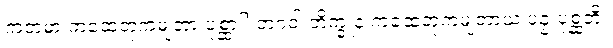
ကတမာ ကထေတုကမျတာ ပုစ္ဆာ? ဘဂဝါ ဘိက္ခူနံ ကထေတုကမျတာယ ပဉှံ ပုစ္ဆတိ။